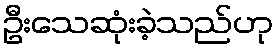
ဦးသေဆုံးခဲ့သည်ဟု